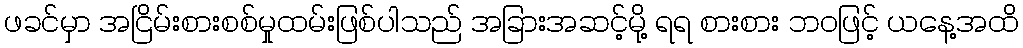
ဖခင်မှာ အငြိမ်းစားစစ်မှုထမ်းဖြစ်ပါသည် အခြားအဆင့်မို့ ရရ စားစား ဘဝဖြင့် ယနေ့အထိ